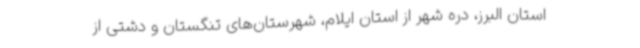
استان البرز، دره شهر از استان ایلام، شهرستان‌های تنگستان و دشتی از